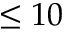
\le 1 0